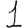
Digit: 1